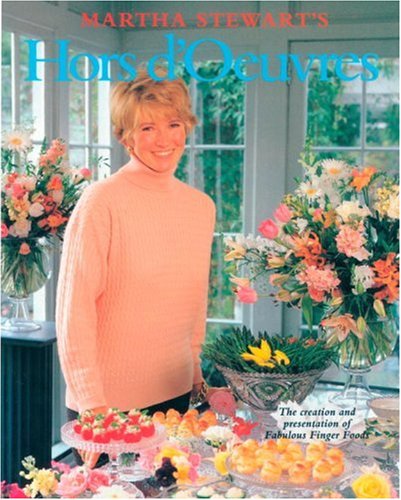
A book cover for Martha Stewart's Hors d'Oeuvres: The Creation and Presentation of Fabulous Finger Foods; Martha Stewart; Cookbooks, Food & Wine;